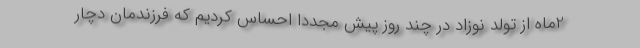
2ماه از تولد نوزاد در چند روز پیش مجدداً احساس کردیم که فرزندمان دچار